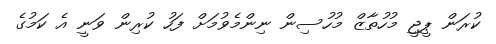
ކުރަން ޕީޖީ މުހުތާޒް މުހުސިން ނިންމެވުމަށް ފަހު ކުރިން ވަނީ އެ ކަމުގެ